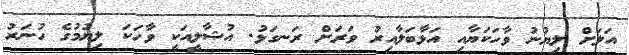
އަލަށް ލިޔުނު ވާހަކަޔާއި އަޅާބަލާއިރު ވަރަށް ރަނގަޅު. އުޝާލީއަކީ ވާހަކަ ލިޔުމުގެ ހުނަރު